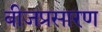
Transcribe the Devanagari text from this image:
बीजप्रसारण